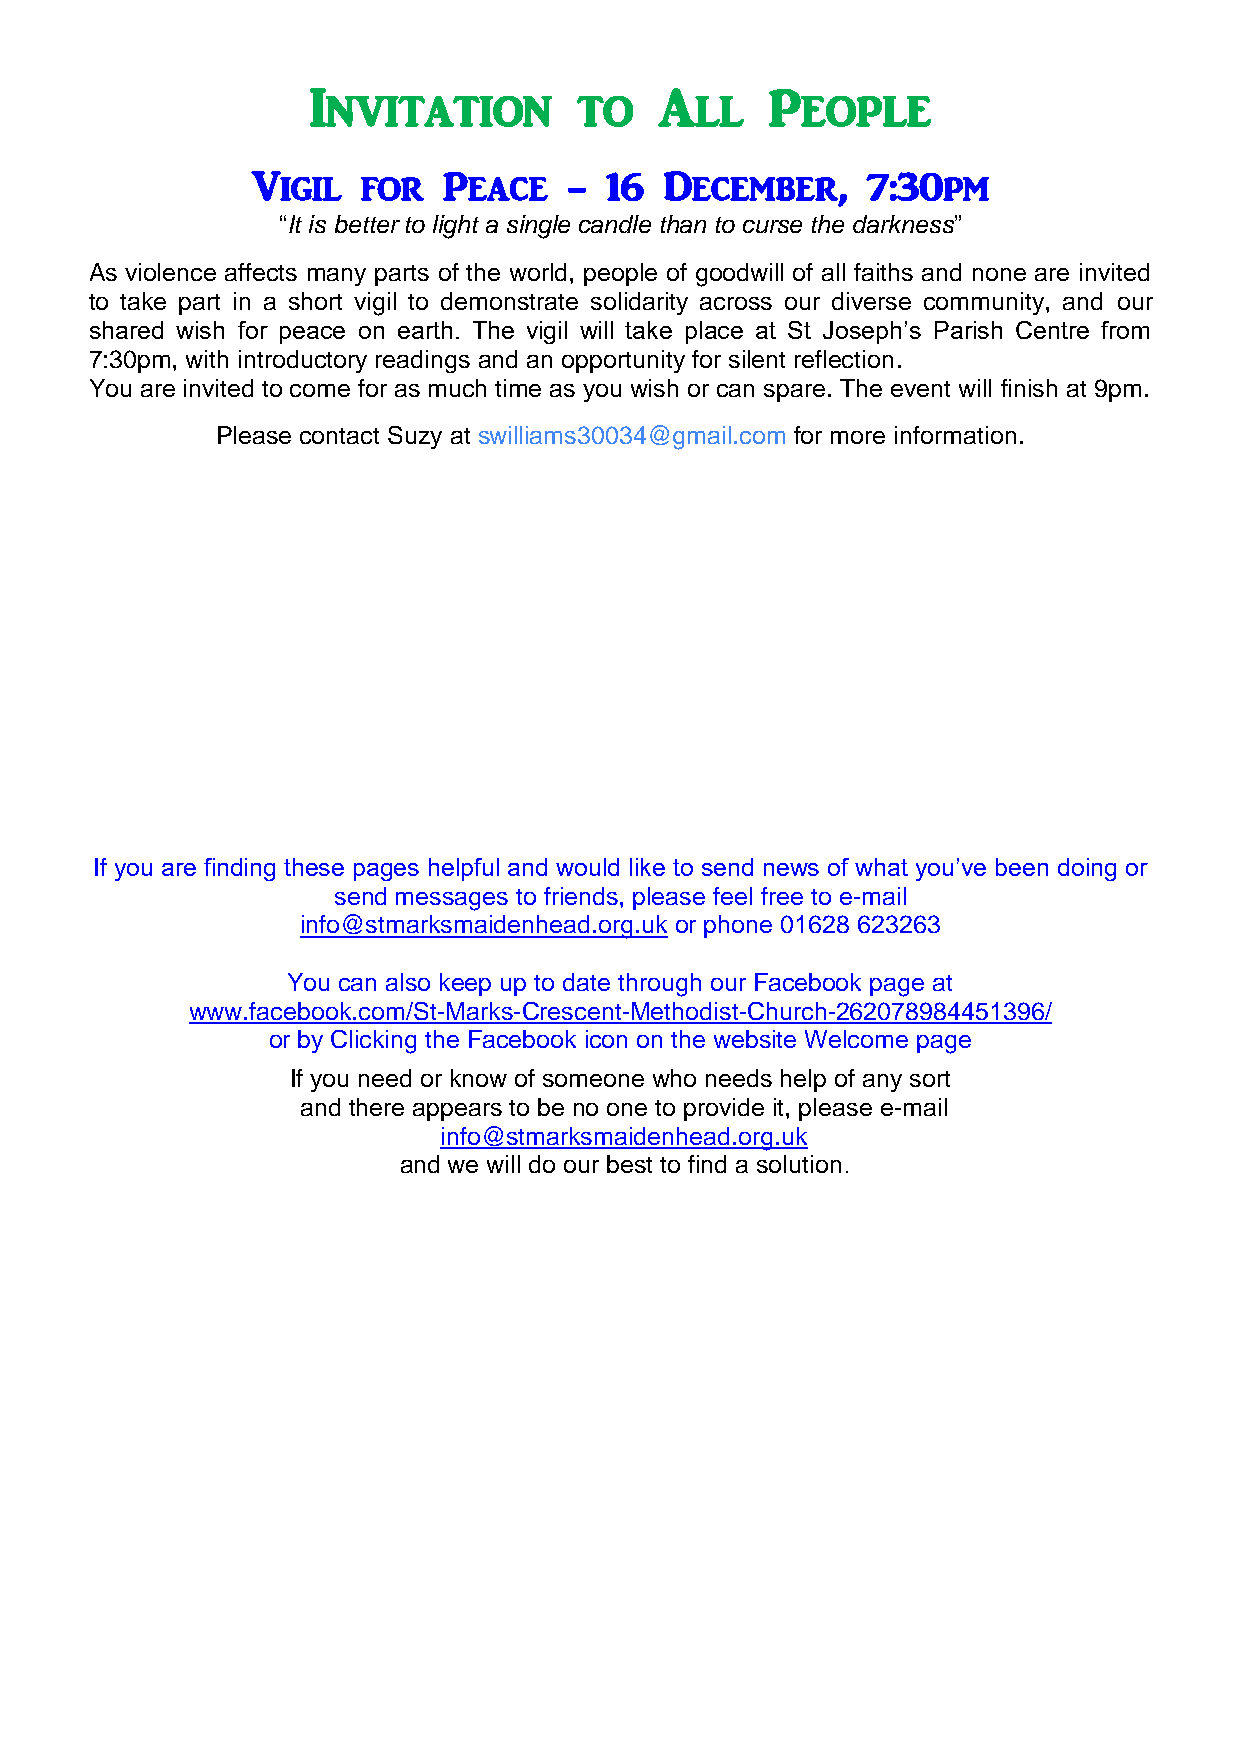
Invitation        to    All    People
 Vigil  for  Peace    - 16  December,    7:30pm
 “It is better to light a single candle than to curse the darkness”
 As violence affects many parts of the world, people of goodwill of all faiths and none are invited
 to take part in a short vigil to demonstrate solidarity across our diverse community, and our
 shared wish for peace on earth. The vigil will take place at St Joseph’s Parish Centre from
 7:30pm, with introductory readings and an opportunity for silent reflection.
 You are invited to come for as much time as you wish or can spare. The event will finish at 9pm.
 Please contact Suzy at swilliams30034@gmail.com for more information.
 If you are finding these pages helpful and would like to send news of what you’ve been doing or
 send messages to friends, please feel free to e-mail
 info@stmarksmaidenhead.org.uk or phone 01628 623263
 You can also keep up to date through our Facebook page at
 www.facebook.com/St-Marks-Crescent-Methodist-Church-262078984451396/
 or by Clicking the Facebook icon on the website Welcome page
 If you need or know of someone who needs help of any sort
 and there appears to be no one to provide it, please e-mail
 info@stmarksmaidenhead.org.uk
 and we will do our best to find a solution.